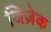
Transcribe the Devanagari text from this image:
जिज़ेक